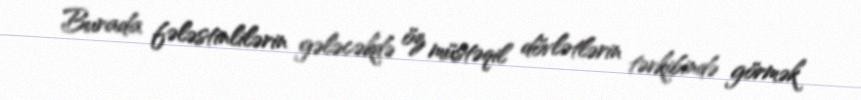
Burada fələstinlilərin gələcəkdə öz müstəqil dövlətlərin tərkibində görmək